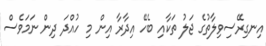
އިނގިރޭސިވިލާތުގެ ޖަލު ތަކާއި ބެހޭ އިދާރާ އިން މި ހުއްދަ ދިން ނަމަވެސް